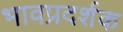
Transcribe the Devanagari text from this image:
भावप्रदर्शक